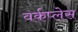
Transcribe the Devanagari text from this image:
वर्कप्लेस